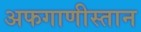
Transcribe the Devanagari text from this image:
अफगाणीस्तान